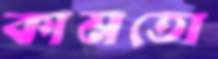
কামতো